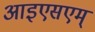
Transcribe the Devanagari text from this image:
आइएसएम्